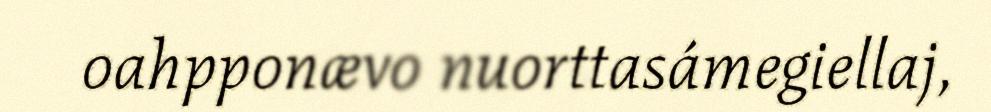
oahpponævo nuorttasámegiellaj,